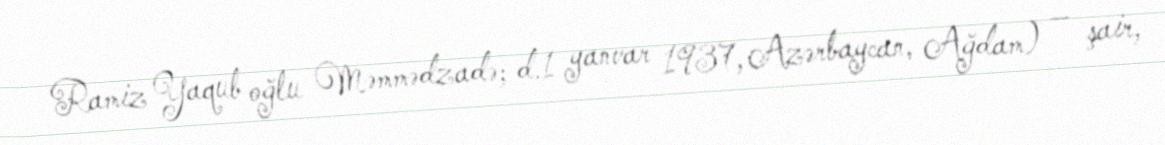
Ramiz Yaqub oğlu Məmmədzadə; d.1 yanvar 1937, Azərbaycan, Ağdam) — şair,